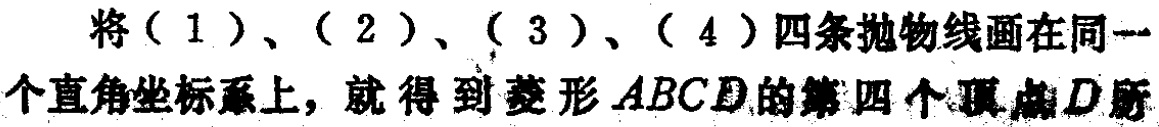
将（1）、（2）、（3）、（4）四条抛物线画在同一个直角坐标系上，就得到菱形 \(ABCD\) 的第四个顶点 \(D\) 所